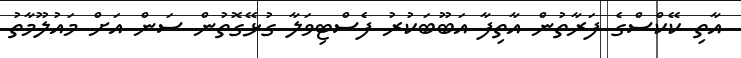
އާތި ކޭކްސްގެ ފަރާތުން އާތިފާ އަބޫބަކުރު ފެސްޓިވަލާ ގުޅޭގޮތުން ސަން އަށް މައުލޫމާތު